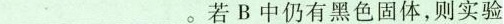
___。若B中仍有黑色固体，则实验